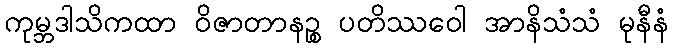
ကုမ္ဘဒါသိကထာ ဝိဇာတာနဉ္စ ပတိဿဝေါ အာနိသံသံ မုနီနံ